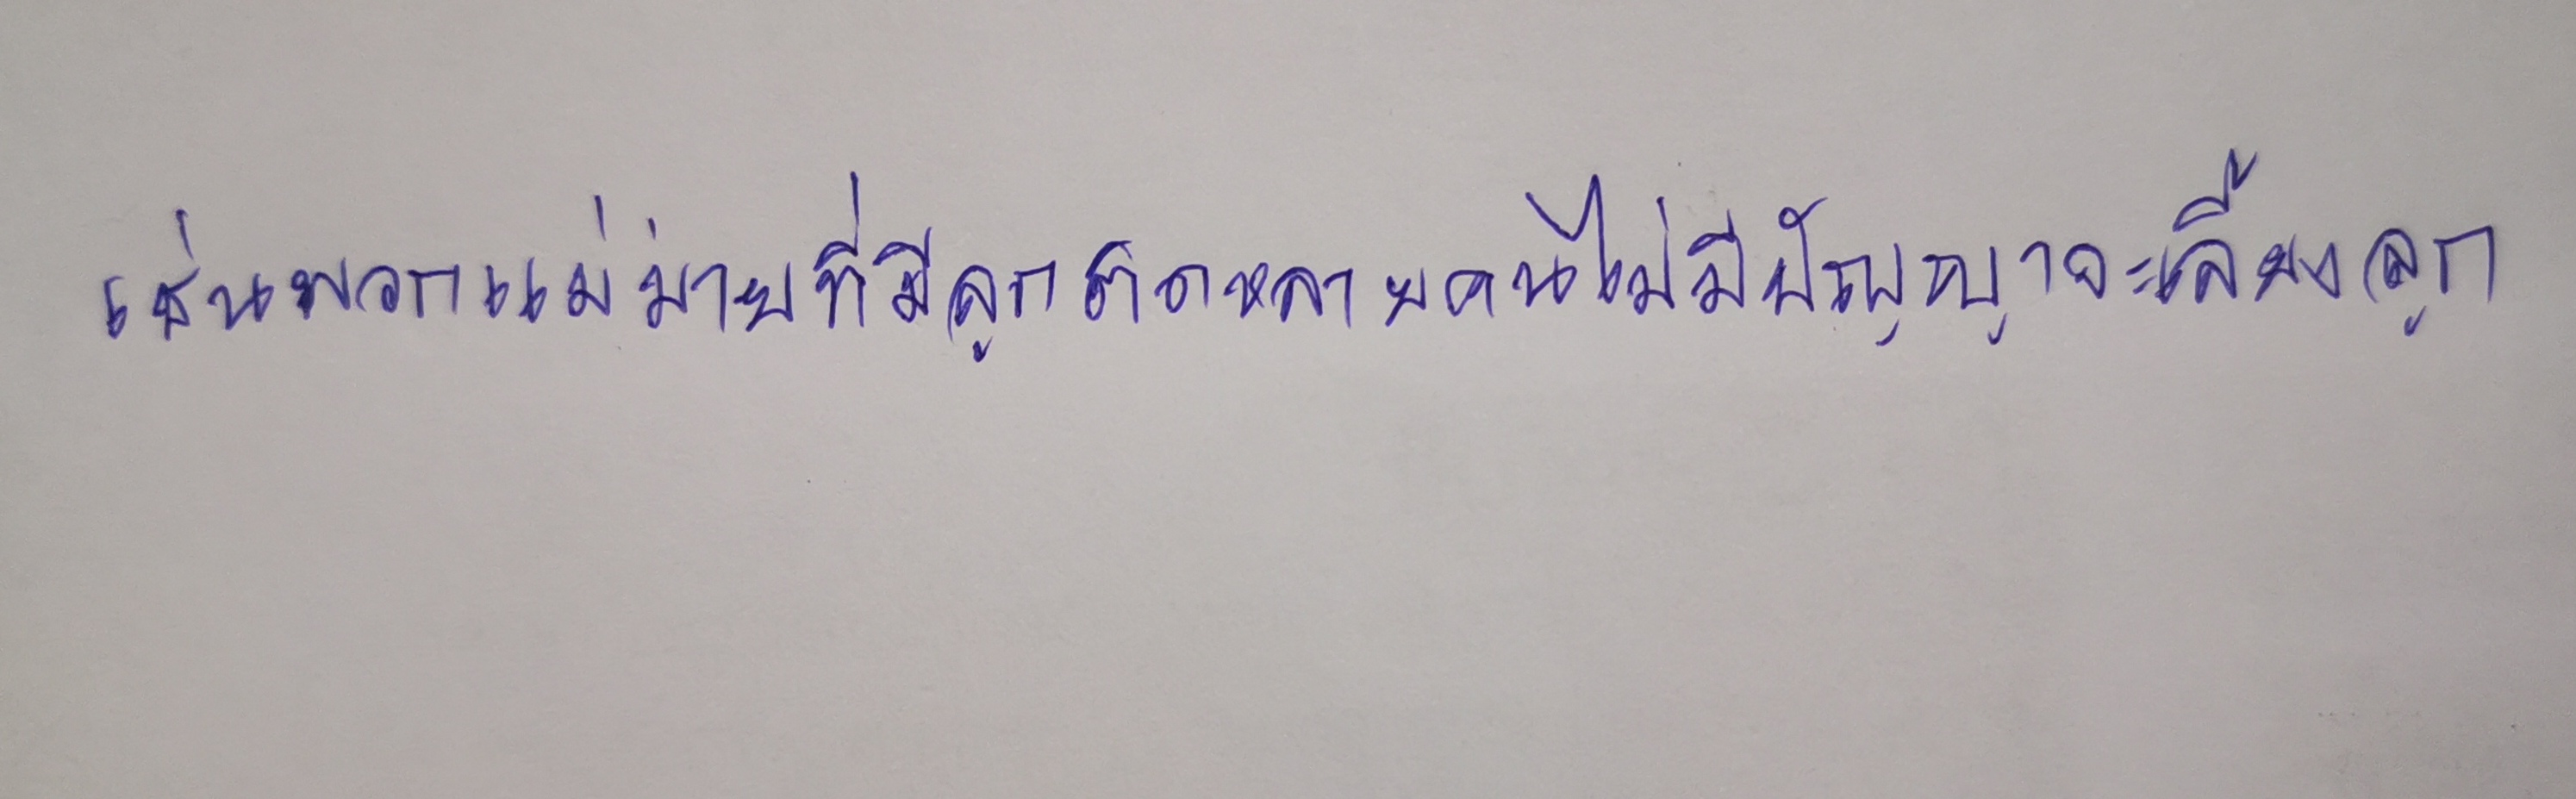
เช่นพวกแม่ม่ายที่มีลูกติดหลายคนไม่มีปัญญาจะเลี้ยงลูก